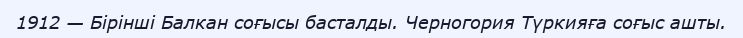
1912 — Бірінші Балкан соғысы басталды. Черногория Түркияға соғыс ашты.